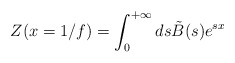
\begin{align*}Z(x=1/f)=\int_{0}^{+\infty}ds \tilde{B}(s)e^{sx}\end{align*}